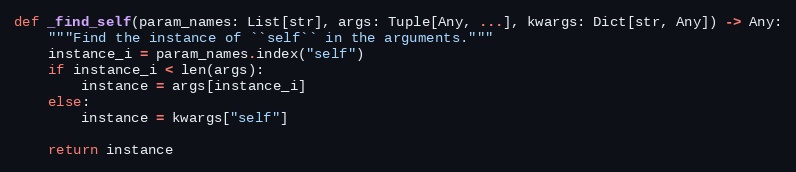
Language: Python
def _find_self(param_names: List[str], args: Tuple[Any, ...], kwargs: Dict[str, Any]) -> Any:
    """Find the instance of ``self`` in the arguments."""
    instance_i = param_names.index("self")
    if instance_i < len(args):
        instance = args[instance_i]
    else:
        instance = kwargs["self"]

    return instance